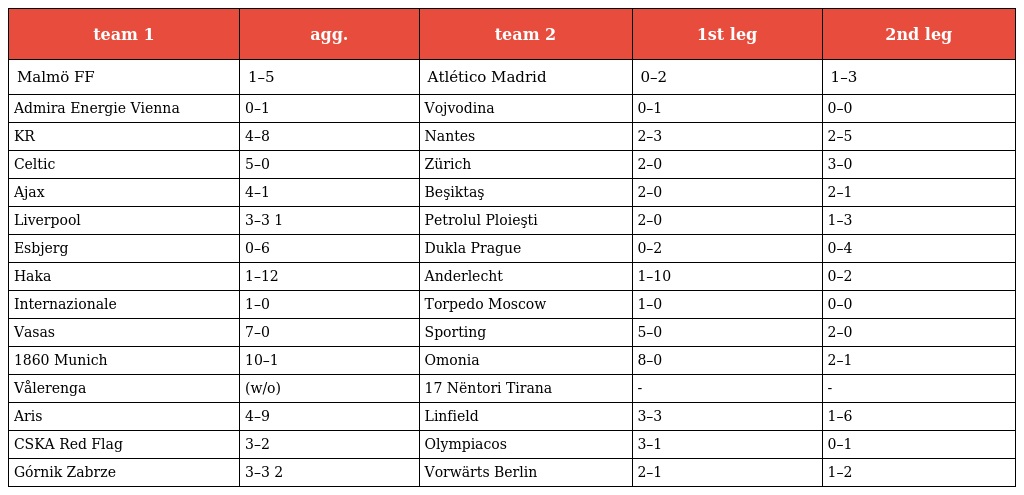
| team 1 | agg. | team 2 | 1st leg | 2nd leg |
 | --- | --- | --- | --- | --- |
 | Malmö FF | 1–5 | Atlético Madrid | 0–2 | 1–3 |
 | Admira Energie Vienna | 0–1 | Vojvodina | 0–1 | 0–0 |
 | KR | 4–8 | Nantes | 2–3 | 2–5 |
 | Celtic | 5–0 | Zürich | 2–0 | 3–0 |
 | Ajax | 4–1 | Beşiktaş | 2–0 | 2–1 |
 | Liverpool | 3–3 1 | Petrolul Ploieşti | 2–0 | 1–3 |
 | Esbjerg | 0–6 | Dukla Prague | 0–2 | 0–4 |
 | Haka | 1–12 | Anderlecht | 1–10 | 0–2 |
 | Internazionale | 1–0 | Torpedo Moscow | 1–0 | 0–0 |
 | Vasas | 7–0 | Sporting | 5–0 | 2–0 |
 | 1860 Munich | 10–1 | Omonia | 8–0 | 2–1 |
 | Vålerenga | (w/o) | 17 Nëntori Tirana | - | - |
 | Aris | 4–9 | Linfield | 3–3 | 1–6 |
 | CSKA Red Flag | 3–2 | Olympiacos | 3–1 | 0–1 |
 | Górnik Zabrze | 3–3 2 | Vorwärts Berlin | 2–1 | 1–2 |